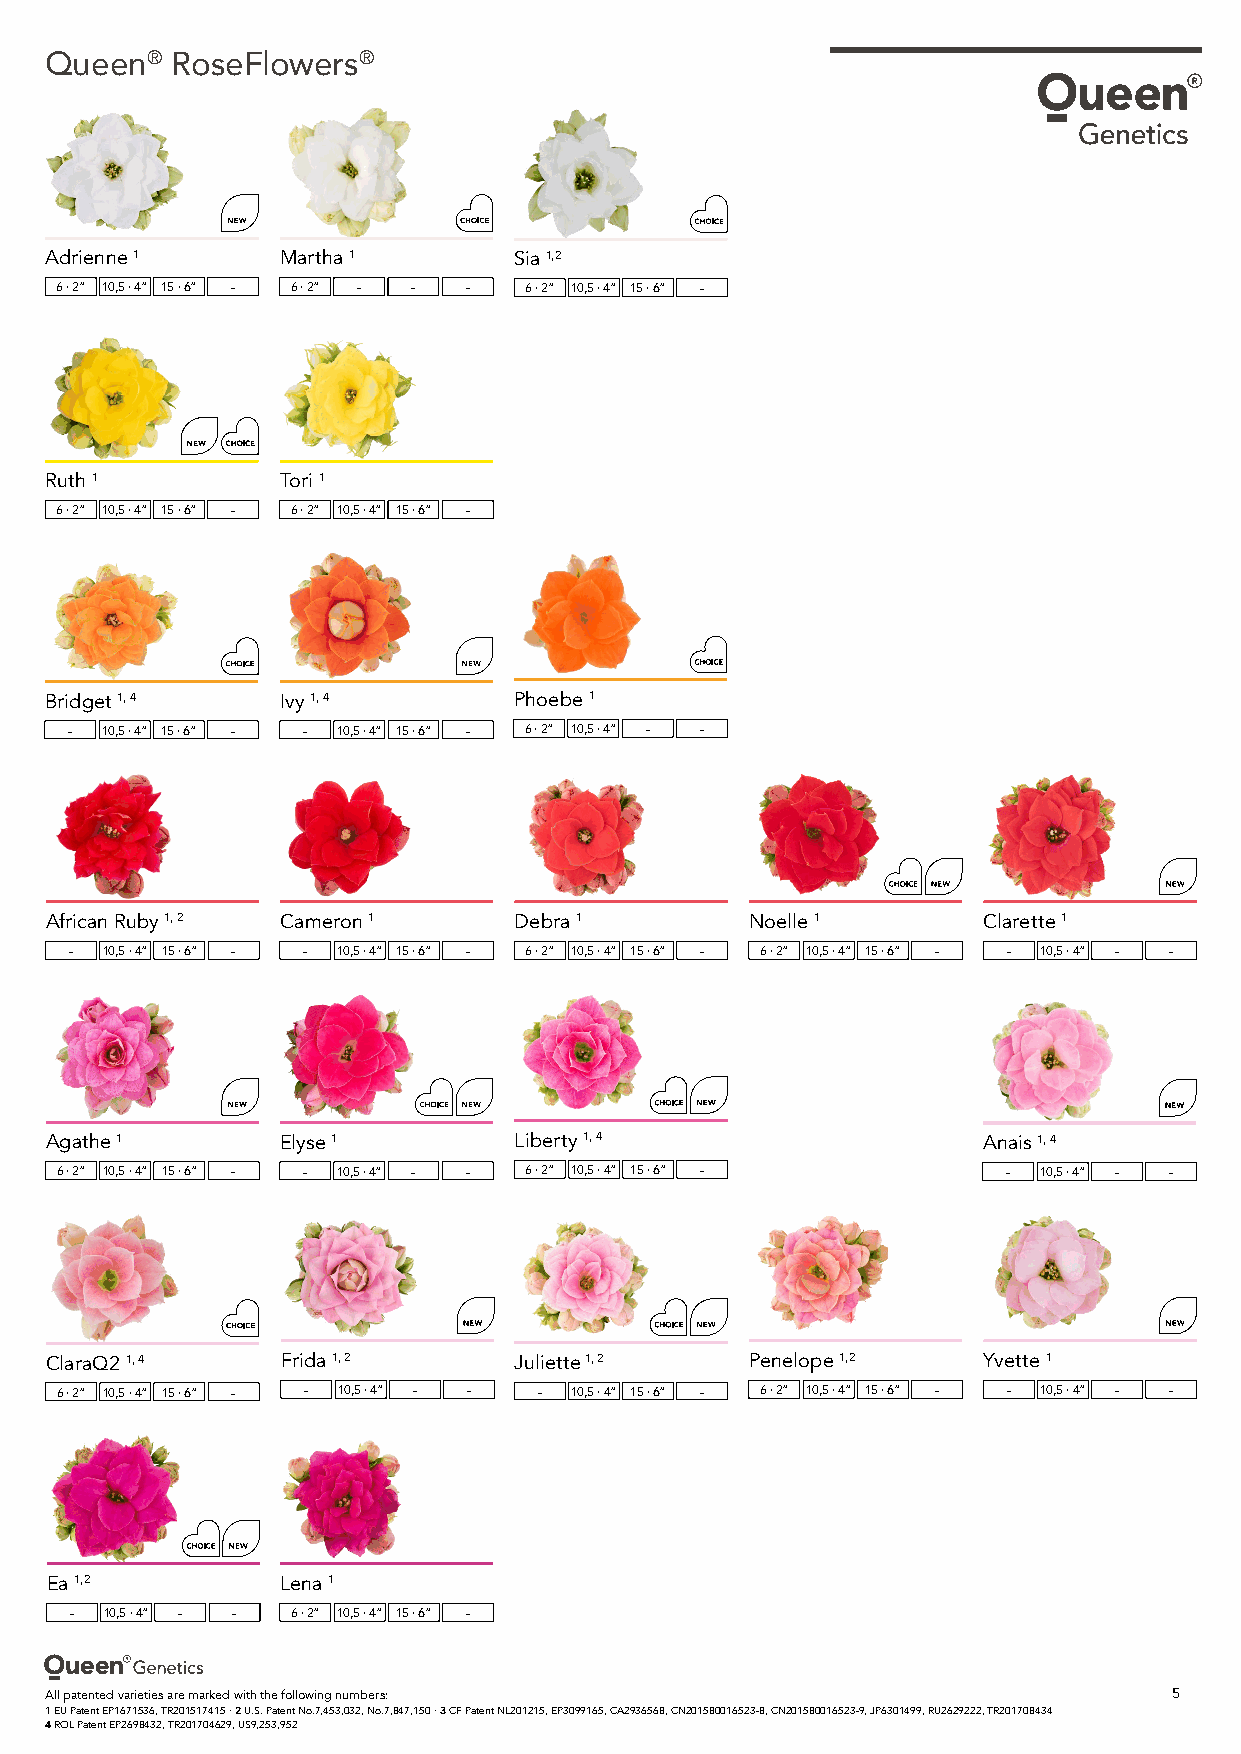
Queen®  RoseFlowers®
 Adrienne 1      Martha 1       Sia 1,2
 6 · 2” 10,5 · 4” 15 · 6” - 6 · 2” - - - 6 · 2” 10,5 · 4” 15 · 6” -
 Ruth 1          Tori 1
 6 · 2” 10,5 · 4” 15 · 6” - 6 · 2” 10,5 · 4” 15 · 6” -
 Bridget 1, 4    Ivy 1, 4       Phoebe 1
 - 10,5 · 4” 15 · 6” - - 10,5 · 4” 15 · 6” - 6 · 2” 10,5 · 4” - -
 African Ruby 1, 2 Cameron 1    Debra 1         Noelle 1       Clarette 1
 - 10,5 · 4” 15 · 6” - - 10,5 · 4” 15 · 6” - 6 · 2” 10,5 · 4” 15 · 6” - 6 · 2” 10,5 · 4” 15 · 6” - - 10,5 · 4” - -
 Agathe 1        Elyse 1        Liberty 1, 4                   Anais 1, 4
 6 · 2” 10,5 · 4” 15 · 6” - - 10,5 · 4” - - 6 · 2” 10,5 · 4” 15 · 6” - - 10,5 · 4” - -
 ClaraQ2 1, 4    Frida 1, 2     Juliette 1, 2   Penelope 1,2   Yvette 1
 6 · 2” 10,5 · 4” 15 · 6” - - 10,5 · 4” - - - 10,5 · 4” 15 · 6” - 6 · 2” 10,5 · 4” 15 · 6” - - 10,5 · 4” - -
 Ea 1,2          Lena 1
 - 10,5 · 4” - - 6 · 2” 10,5 · 4” 15 · 6” -
 All patented varieties are marked with the following numbers:              5
 1 EU Patent EP1671536, TR201517415 · 2 U.S. Patent No.7,453,032, No.7,847,150 · 3 CF Patent NL201215, EP3099165, CA2936568, CN201580016523-8, CN201580016523-9, JP6301499, RU2629222, TR201708434
 4 ROL Patent EP2698432, TR201704629, US9,253,952